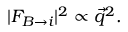
| F _ { B \rightarrow i } | ^ { 2 } \propto { \vec { q } } ^ { 2 } .